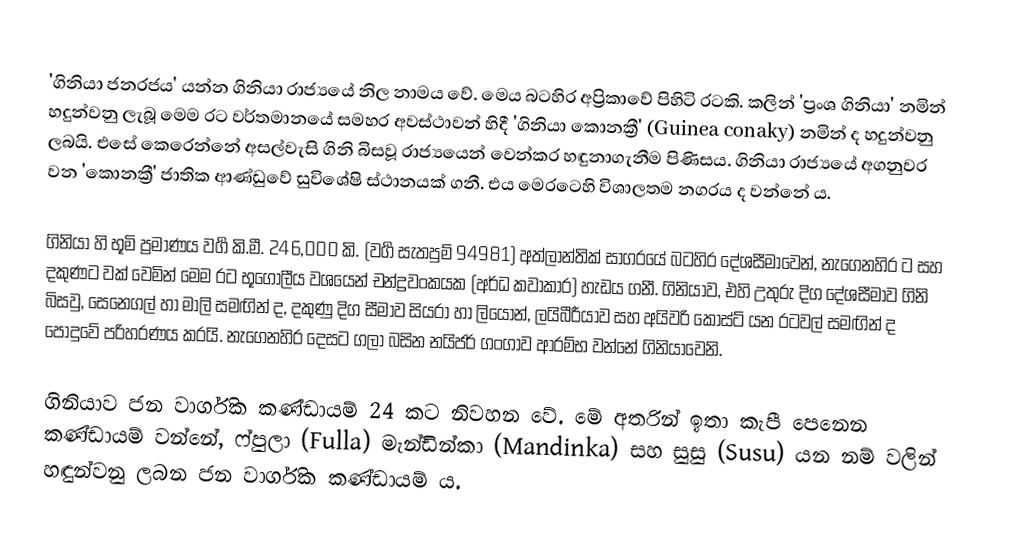
'ගිනියා ජනරජය' යන්න ගිනියා රාජ්‍යයේ නිල නාමය වේ. මෙය බටහිර අප්‍රිකාවේ පිහිටි රටකි. කලින් 'ප්‍රංශ ගිනියා' නමින් හදුන්වනු ලැබූ මෙම රට වර්තමානයේ සමහර අවස්ථාවන් හිදී 'ගිනියා කොනක්‍රී' (Guinea conaky) නමින් ද  හදුන්වනු ලබයි. එසේ කෙරෙන්නේ අසල්වැසි ගිනි බිසවූ රාජ්‍යයෙන් වෙන්කර හඳුනාගැනීම පිණිසය. ගිනියා රාජ්‍යයේ අගනුවර වන 'කොනක්‍රී' ජාතික ආණ්ඩුවේ සුවිශේෂි ස්ථානයක් ගනී. එය මෙරටෙහි විශාලතම නගරය ද වන්නේ ය.

ගිනියා හි භූමි ප්‍රමාණය වර්‍ග කි.මී. 246,000 කි. (වර්‍ග සැතපුම් 94981) අත්ලාන්තික් සාගරයේ බටහිර දේශසීමාවෙන්, නැගෙනහිර ට සහ දකුණට වක් වෙමින් මෙම ර‍ට භූගෝලීය වශයෙන් චන්ද්‍රවංකයක  (අර්ධ කවාකාර) හැඩය ගනී. ගිනියාව, එහි උතුරු දිග දේශසීමාව  ගිනි බිසවු, සෙනෙගල් හා මාලි සමඟින් ද, දකුණු දිග සීමාව සියරා හා ලියොන්, ලයිබීරීයාව සහ අයිවරි කෝස්ට් යන රටවල් සමඟින් ද පොදුවේ පරිහරණය කරයි. නැගෙනහිර දෙසට ගලා බසින නයිජර්  ගංගාව ආරම්භ වන්නේ ගිනියාවෙනි.

ගිනියාව ජන වාර්ගික කණ්ඩායම් 24 කට නිවහන වේ. මේ අතරින් ඉතා කැපී පෙනෙන කණ්ඩායම් වන්නේ, ෆ්පුලා (Fulla) මැන්ඩින්කා  (Mandinka) සහ සුසු  (Susu) යන නම් වලින් හඳුන්වනු ලබන ජන වාර්ගික කණ්ඩායම් ය.